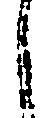
之